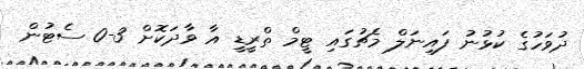
ދުވަހުގެ ކުޅުނު ފައިނަލް މެޗުގައި ޓީމް ތްރީޑީ އާ ވާދަކޮށް 3-0 ސެޓުން